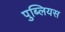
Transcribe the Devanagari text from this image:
पुब्लियस